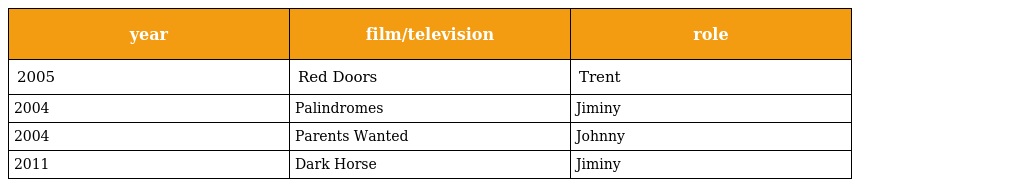
| year | film/television | role |
 | --- | --- | --- |
 | 2005 | Red Doors | Trent |
 | 2004 | Palindromes | Jiminy |
 | 2004 | Parents Wanted | Johnny |
 | 2011 | Dark Horse | Jiminy |